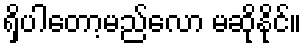
ရှိပါတော့မည်လော မဆိုနိုင်။